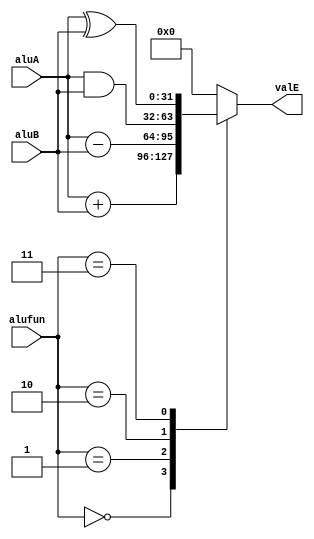
/* alufun  aluA  aluB 
 valE alufun  0  1 (A-B) 2 
 3 */

module alu(
input [31:0] aluA,
input [31:0] aluB,
input [3:0] alufun,
output reg[31:0] valE
);

always@(*)begin
    case(alufun)
        4'b0000: valE = aluA + aluB;  //
        4'b0001: valE = aluA - aluB;  //
        4'b0010: valE = aluA & aluB;  //
        4'b0011: valE = aluA ^ aluB;  //
        default: valE = 32'h0;
    endcase
end

endmodule